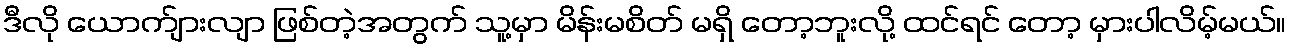
ဒီလို ယောက်ျားလျာ ဖြစ်တဲ့အတွက် သူ့မှာ မိန်းမစိတ် မရှိ တော့ဘူးလို့ ထင်ရင် တော့ မှားပါလိမ့်မယ်။